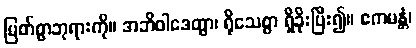
မြတ်စွာဘုရားကို။ အဘိဝါဒေတွာ၊ ရိုသေစွာ ရှိခိုးပြီး၍။ ဧကမန္တံ၊